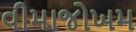
વીમાજોખમ